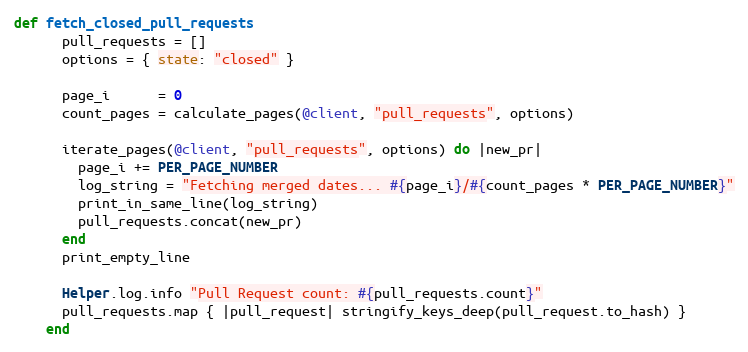
Language: Ruby
def fetch_closed_pull_requests
      pull_requests = []
      options = { state: "closed" }

      page_i      = 0
      count_pages = calculate_pages(@client, "pull_requests", options)

      iterate_pages(@client, "pull_requests", options) do |new_pr|
        page_i += PER_PAGE_NUMBER
        log_string = "Fetching merged dates... #{page_i}/#{count_pages * PER_PAGE_NUMBER}"
        print_in_same_line(log_string)
        pull_requests.concat(new_pr)
      end
      print_empty_line

      Helper.log.info "Pull Request count: #{pull_requests.count}"
      pull_requests.map { |pull_request| stringify_keys_deep(pull_request.to_hash) }
    end